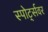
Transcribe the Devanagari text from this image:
स्पोर्ट्सवर